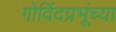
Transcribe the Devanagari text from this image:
गोविंदप्रभूंच्या